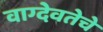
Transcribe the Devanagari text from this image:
वाग्देवतेचे